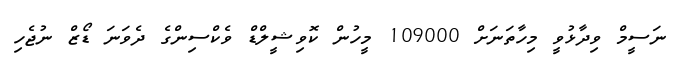
ނަސީމް ވިދާޅުވީ މިހާތަނަށް 109000 މީހުން ކޮވިޝީލްޑް ވެކްސިންގެ ދެވަނަ ޑޯޒް ނުޖެހި